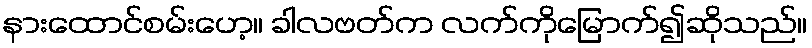
နားထောင်စမ်းဟေ့။ ခါလဗတ်က လက်ကိုမြောက်၍ဆိုသည်။